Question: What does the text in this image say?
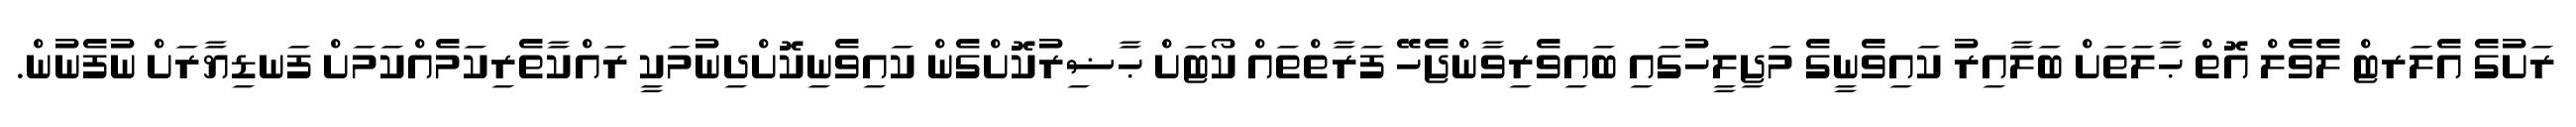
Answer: ރަށުގެ އެލަރޓް ލެވެލް އޮތް ޙާލަތަށް ބަލާއިރު ކައިވެނީގެ މަޖިލީހުގައި ބައިވެރިވާންޖެހޭ ފަރާތްތައް ކޯޓަށް ޙާޟިރުކޮށްގެން ކައިވެނިކޮށްދިނުމަކީ ރައްކާތެރިކަމެއްކަމަށް ފަނޑިޔާރަށް ނުފެނުން.